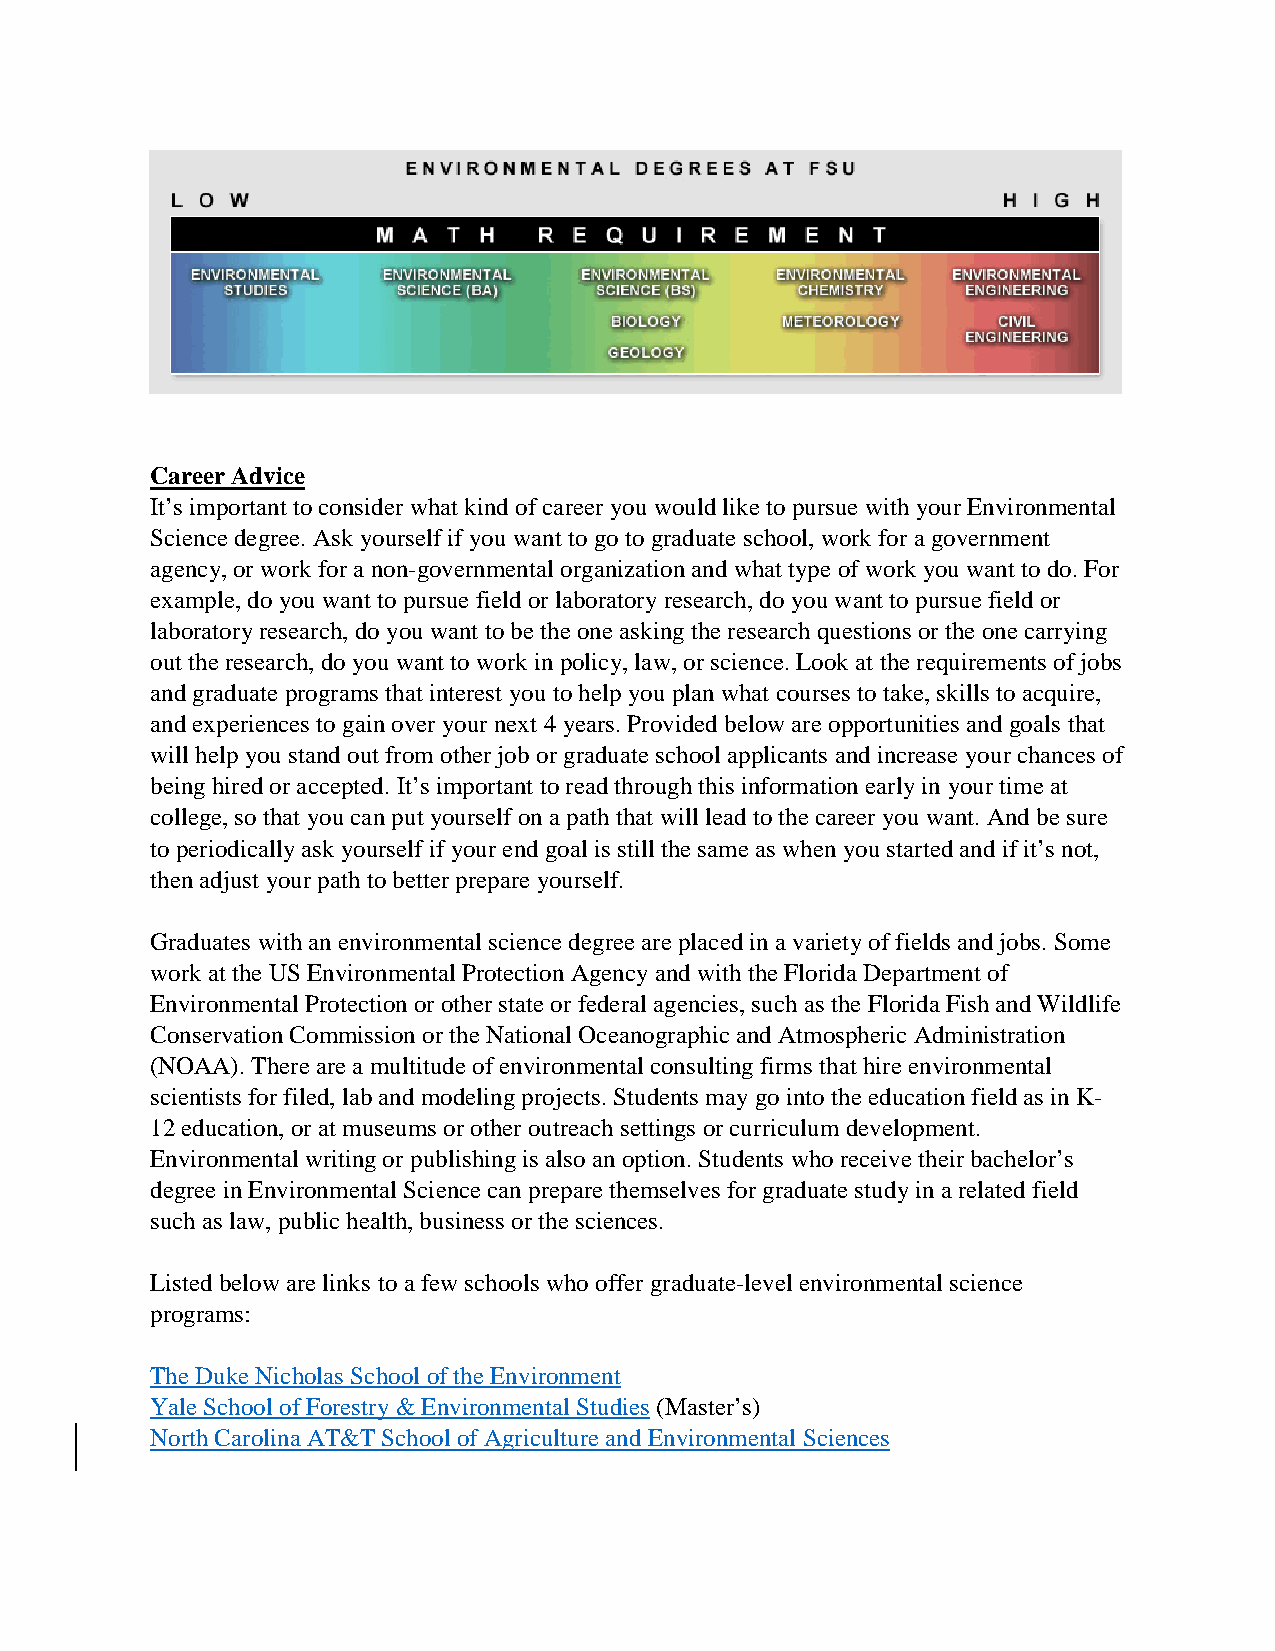
Career Advice
 It’s important to consider what kind of career you would like to pursue with your Environmental
 Science degree. Ask yourself if you want to go to graduate school, work for a government
 agency, or work for a non-governmental organization and what type of work you want to do. For
 example, do you want to pursue field or laboratory research, do you want to pursue field or
 laboratory research, do you want to be the one asking the research questions or the one carrying
 out the research, do you want to work in policy, law, or science. Look at the requirements of jobs
 and graduate programs that interest you to help you plan what courses to take, skills to acquire,
 and experiences to gain over your next 4 years. Provided below are opportunities and goals that
 will help you stand out from other job or graduate school applicants and increase your chances of
 being hired or accepted. It’s important to read through this information early in your time at
 college, so that you can put yourself on a path that will lead to the career you want. And be sure
 to periodically ask yourself if your end goal is still the same as when you started and if it’s not,
 then adjust your path to better prepare yourself.
 Graduates with an environmental science degree are placed in a variety of fields and jobs. Some
 work at the US Environmental Protection Agency and with the Florida Department of
 Environmental Protection or other state or federal agencies, such as the Florida Fish and Wildlife
 Conservation Commission or the National Oceanographic and Atmospheric Administration
 (NOAA). There are a multitude of environmental consulting firms that hire environmental
 scientists for filed, lab and modeling projects. Students may go into the education field as in K-
 12 education, or at museums or other outreach settings or curriculum development.
 Environmental writing or publishing is also an option. Students who receive their bachelor’s
 degree in Environmental Science can prepare themselves for graduate study in a related field
 such as law, public health, business or the sciences.
 Listed below are links to a few schools who offer graduate-level environmental science
 programs:
 The Duke Nicholas School of the Environment
 Yale School of Forestry & Environmental Studies (Master’s)
 North Carolina AT&T School of Agriculture and Environmental Sciences